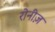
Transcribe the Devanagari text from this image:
रोनीज़